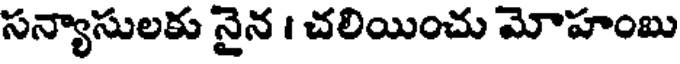
సన్యాసులకు నైన । చలియించు మోహంబు